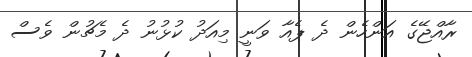
ރާއްޖޭގެ އަންހެން ދެ ޕެއާ ވަނީ މިއަދު ކުޅުނު ދެ މެޗުން ވެސް